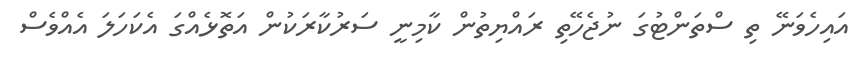
އައިހެވަނޭ ތި ސްތަންޓުގަ ނުޖެހޭތި ރައްޔިތުން ކާމިނީ ސަރުކާރަކުން އަތޮޅެއްގަ އެކަހަލަ އެއްވެސް